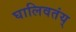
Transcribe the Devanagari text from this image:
घालिवतंय्